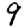
Digit: 9